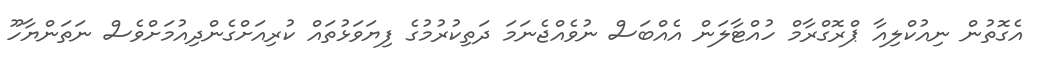
އެގޮތުން ނިއުކްލިއާ ޕްރޮގްރާމް ހުއްޓާލަން އެއްބަސް ނުވެއްޖެނަމަ ދަތިކުރުމުގެ ފިޔަވަޅުތައް ކުރިއަށްގެންދިއުމަށްވެސް ނަތަންޔާހޫ